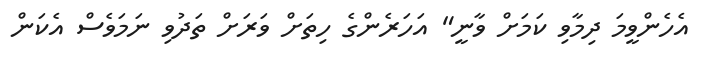
އެހެންވީމަ ދިމާވި ކަމަށް ވާނީ" އަހަރެންގެ ހިތަށް ވަރަށް ތަދުވި ނަމަވެސް އެކަން